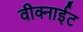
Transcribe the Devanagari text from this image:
वीक्नाईट